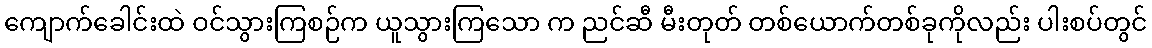
ကျောက်ခေါင်းထဲ ဝင်သွားကြစဉ်က ယူသွားကြသော က ညင်ဆီ မီးတုတ် တစ်ယောက်တစ်ခုကိုလည်း ပါးစပ်တွင်